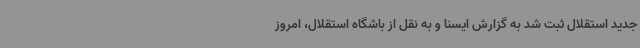
جدید استقلال ثبت شد به گزارش ایسنا و به نقل از باشگاه استقلال، امروز